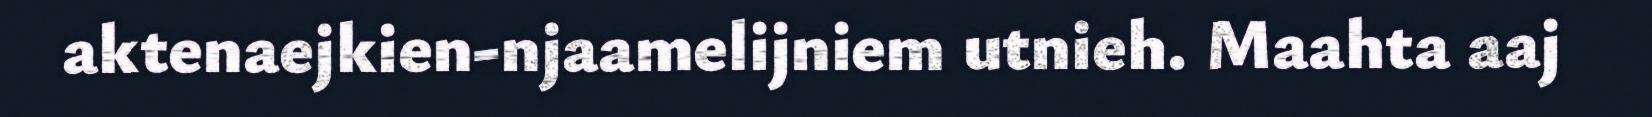
aktenaejkien-njaamelijniem utnieh. Maahta aaj